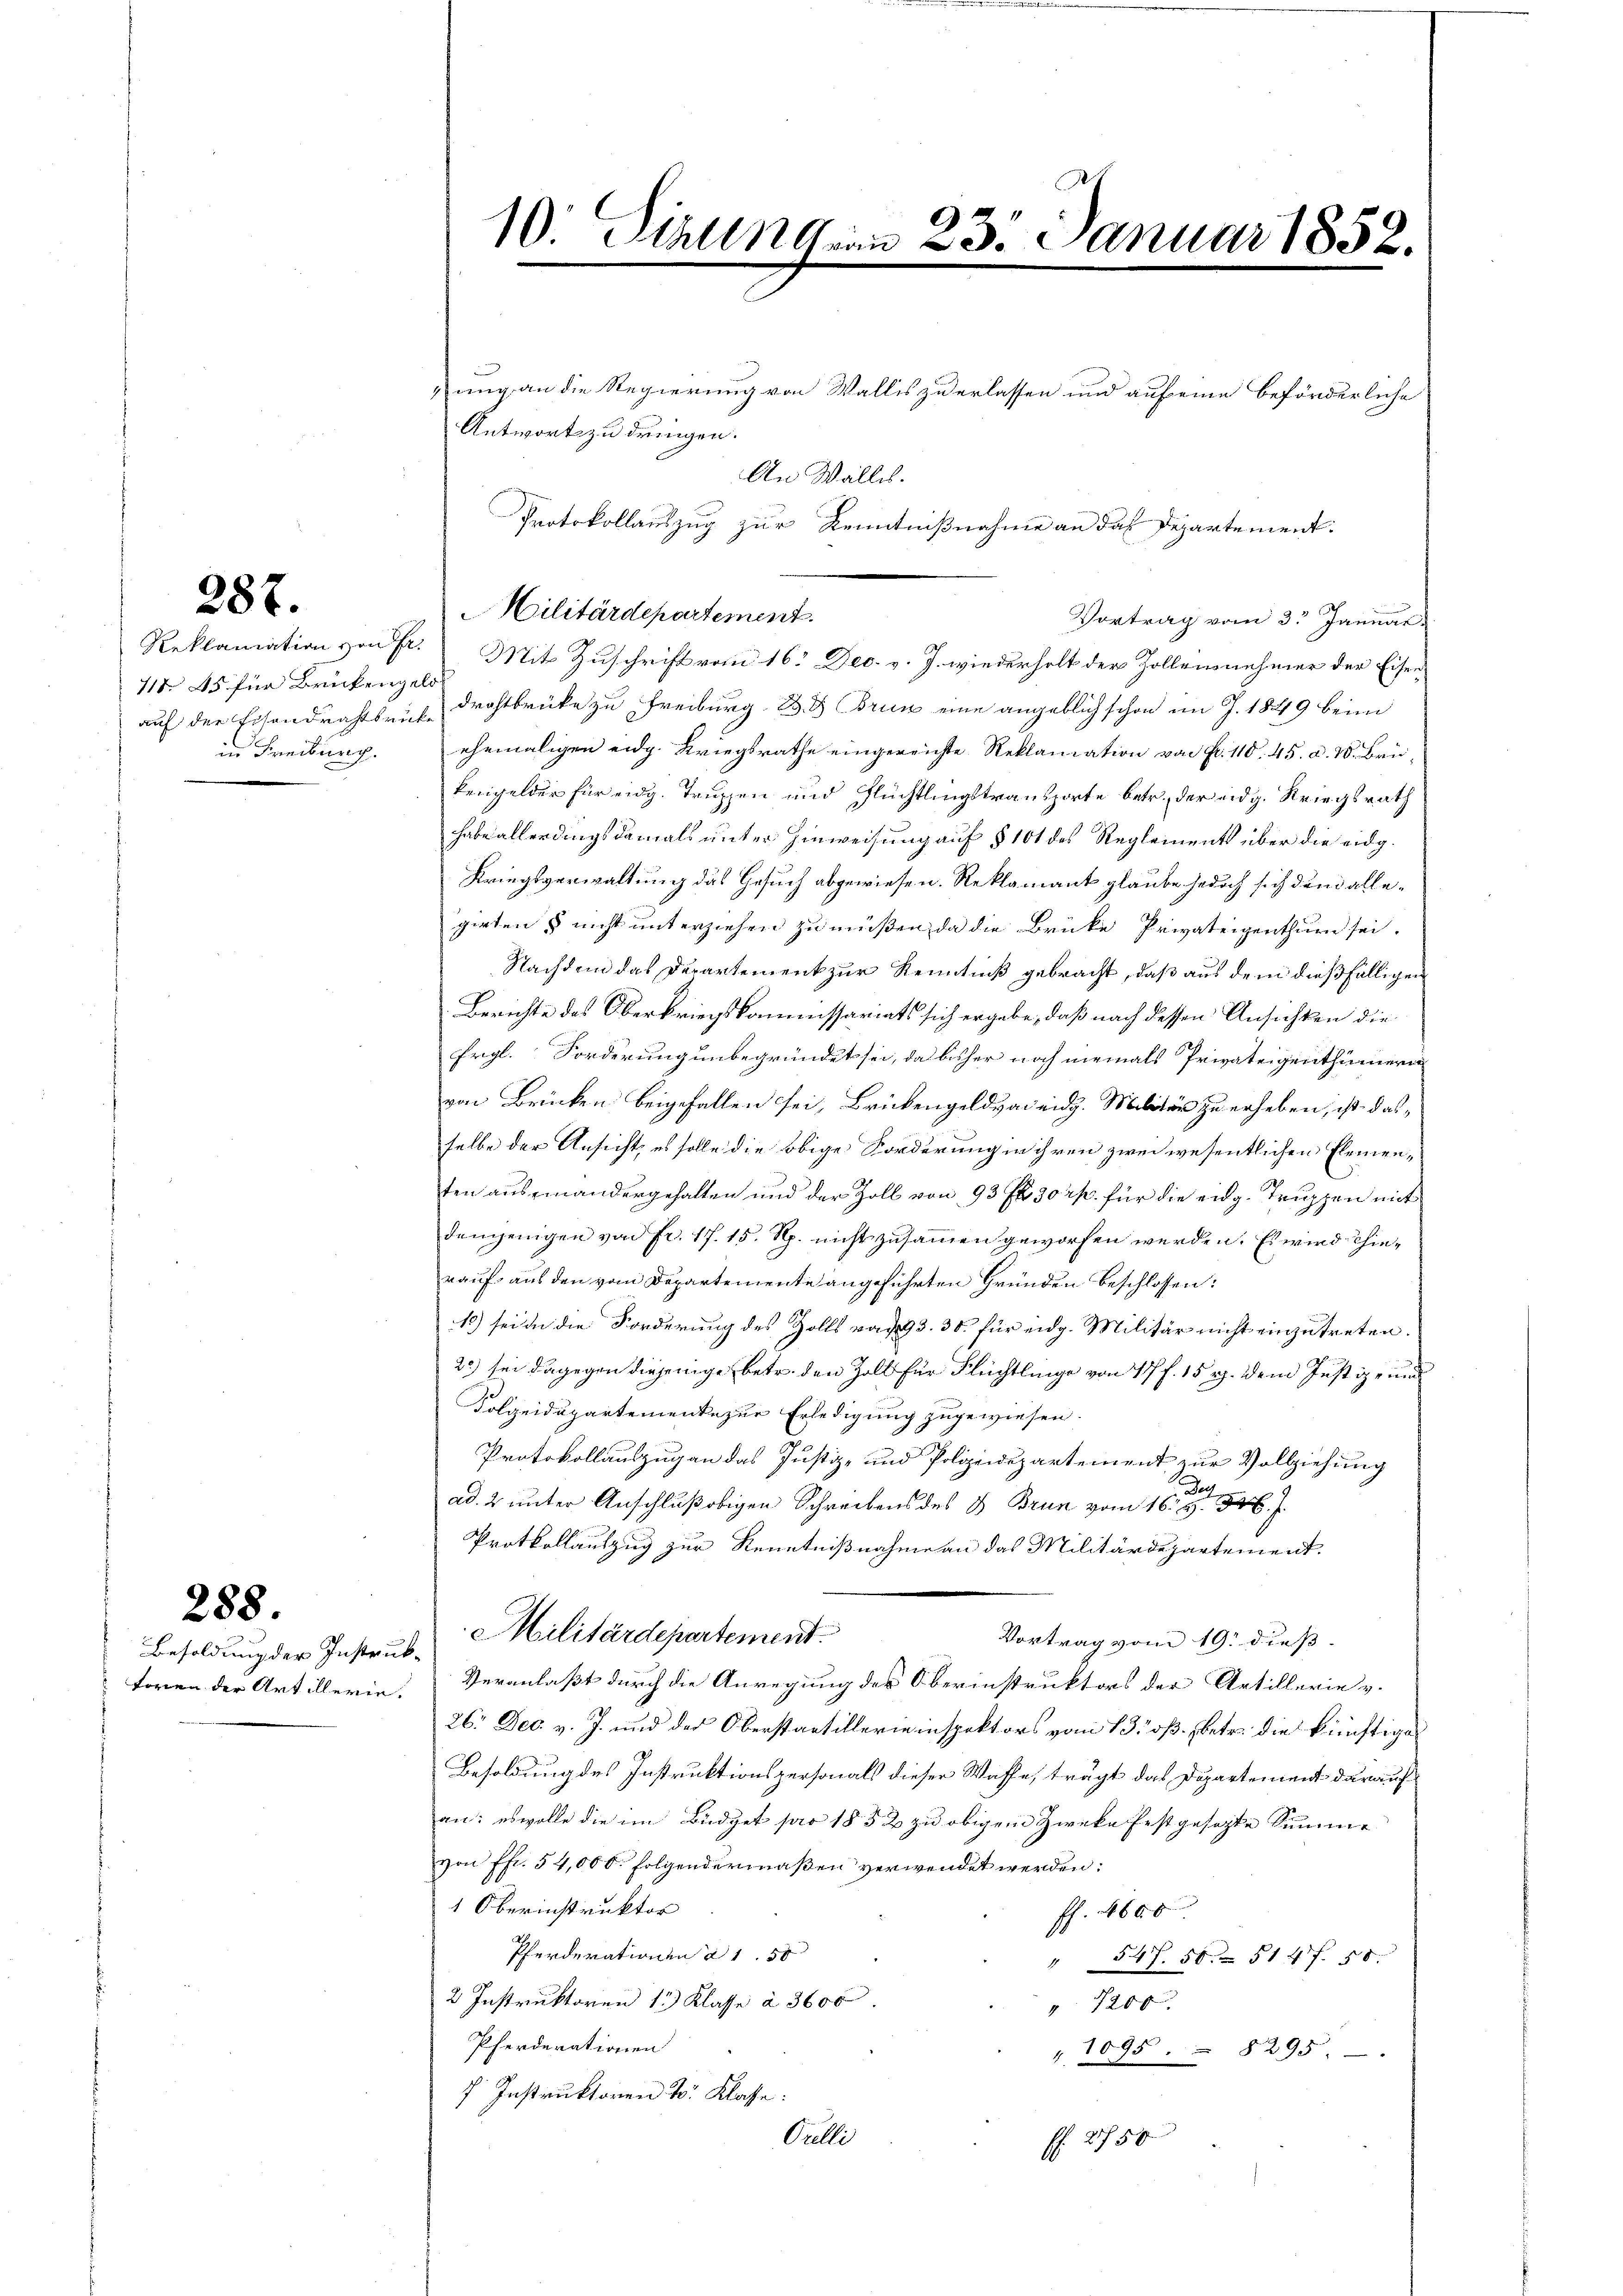
111 45 für Brückengeld
in Freiburg.

287.

Besoldung der Instruktoren der Artillerie.

288.

ung an die Regierung von Wallis zu erlassen und auf eine beförderliche
Antwort zu dringen.
An Wallis.
Militärdepartement
Vortrag vom 33 Januar.
auf der Eisendrahtsruh drohtbrücke zu Freiburg. B. & Brun eine angeblich schon im J. 1849 beim
ehemaligen eidg. Kriegsrathe eingereichte Reklamation von Fr. 118. 45. d. M. Brükengelder für eidg. Truppen und Flüchtlingstransporte betr. der eidg. Kriegsrath
habe allerdings damals unter Hinweisung auf § 101 des Reglements über die eidg.
Kriegsverwaltung das Gesuch abgewiesen. Reklamant glaube jedoch sich den allegirtens nicht unterziehen zu müßen, da die Brüke Privateigenthum sei.
Nachdem das Departement zur Kenntniß gebracht, daß aus dem dießfälligen
Berichte des Oberkriegskommissariats sich ergebe, daß nach dessen Ansichten die
Ergl. Forderung unbegründet sei, da bisher noch niemals Privateigenthümern
von Brücken beigefallen sei, Brückengeldvadeidg. Militärs zu erheben, ist dasselbe der Ansicht, es solle die obige Forderung in ihren zwei wesentlichen Elementen auseinandergehalten und der Zoll von 93 f 30 rp. für die eidg. Truppen mit
demjenigen von Fr. 17. 15. Rp. nicht zusammen geworfen werden. Es wird hierauf aus den vom Departemente angeführten Gründen beschlossen:
13) sei in die Forderung des Zolls von 93. 30. für eidg. Militär nicht einzutreten.
20) sei dagegen diejenige betr. den Zoll für Flüchtlinge von 177 f. 15 rp. dem Justiz- und
Folgeidepartemente zur Erledigung zugewiesen.
Protokollauszugen das Justiz- und Polizeidepartement zur Vollziehung
ad. 2 unter Anschluß obigen Schreibens des B Brun vom 16ten 56.
Protkollauszug zur Kenntnißnahme an das Militärdepartement.
Militärdepartement.
Vortrag vom 19. dieß.
Veranlaßt durch die Anregung des Oberinstruktors der Artillerie v.
26. Dec. v. J. und des Oberstantillerie inspektors vom 13. ß. betr. die künftige
Besoldung des Instruktionspersonals dieser Waffe, trägt das Departement darauf
an: es wolle die im Büdget pr 1852 zu obigem Zwecke festgesezte Summe
von ff. 54,000. folgendermaßen verwendet werden:
1 Oberinstruktor
ff. 600
Pferderationen à 1 50
547. 50. 514 f. 28
2 Instruktoren 13 Klasse à 3600
72 xx
Pferderationen
" 1095. 8295.
f. Instruktoren u. Klasse:
Pulli
f. 2750

10. Dielenden 23. Januar 1852.

Reklamation von Fr. Mit Zuschrift vom 16. Dec. v. J. wiederholt der Zolleinehmer der Eisen¬

Protokollauszug zur Kenntnißnahme an das Departement.